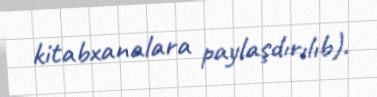
kitabxanalara paylaşdırılıb).